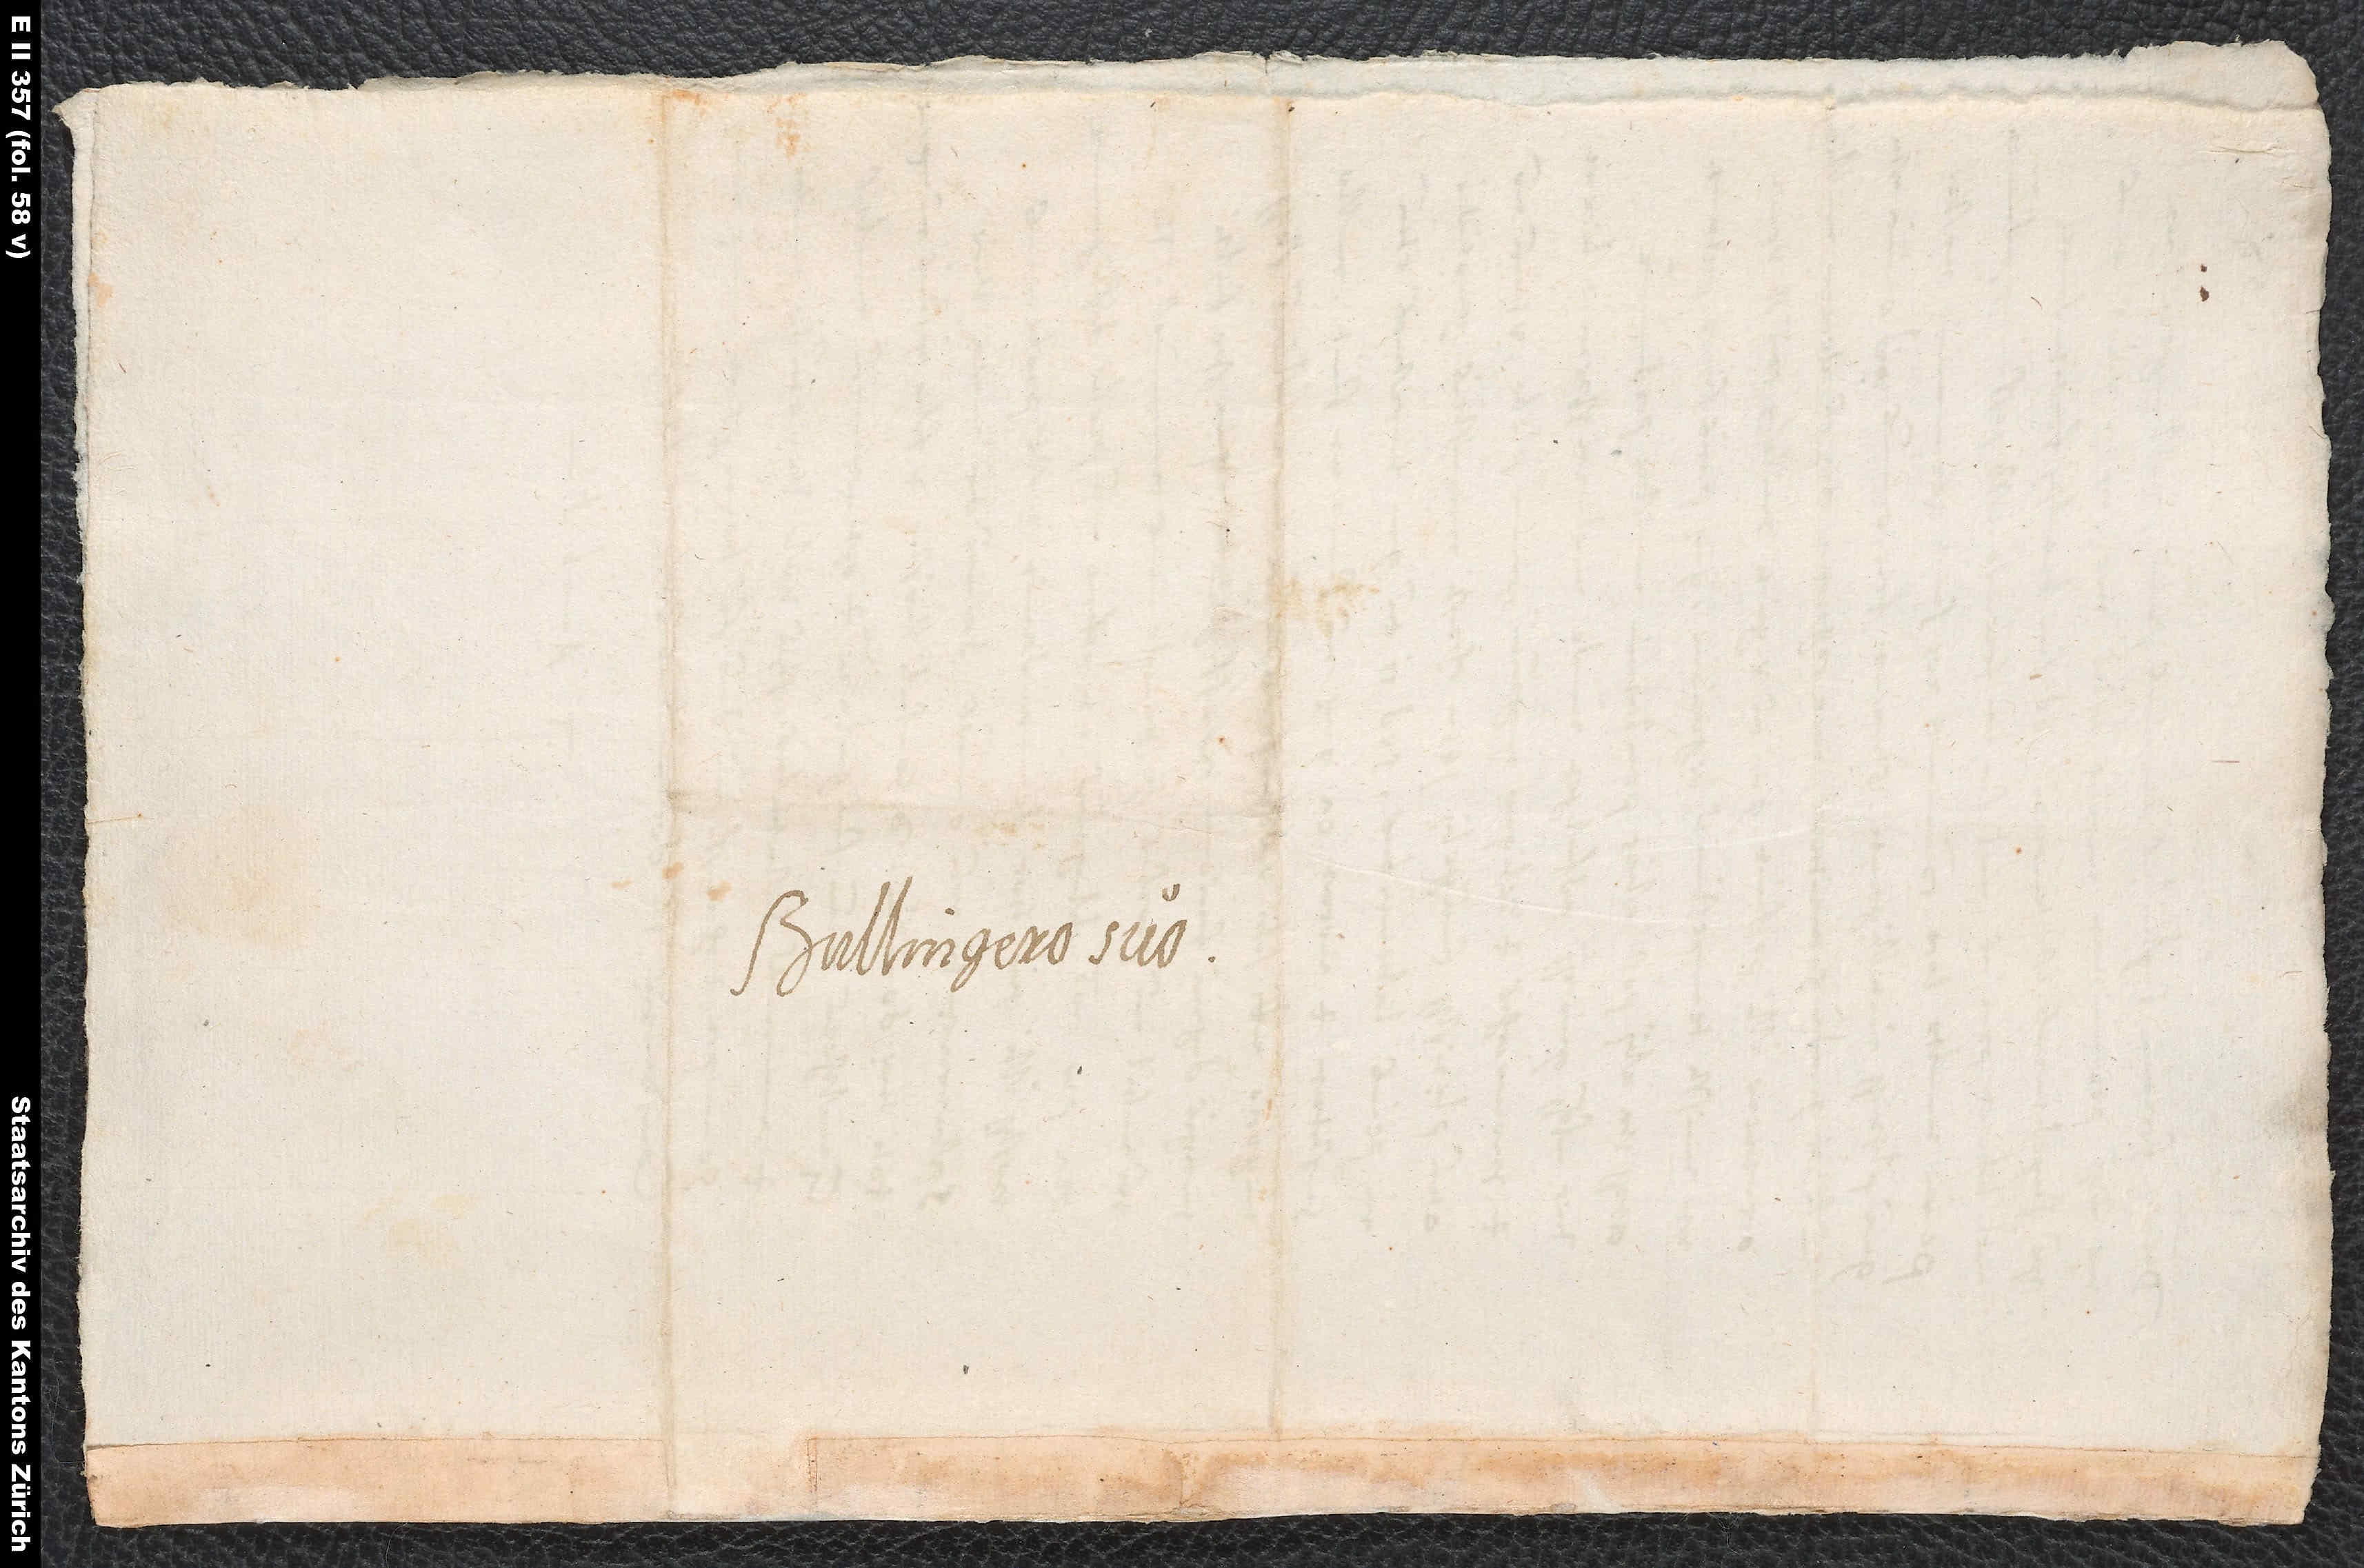
Bullingero suo.